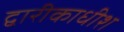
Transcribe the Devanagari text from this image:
द्वारीकाधीश